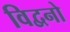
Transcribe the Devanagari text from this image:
विद्वनो